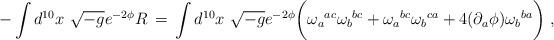
LaTeX: \begin{align*}- \int d^{10}x\ \sqrt {-g}e^{-2\phi}R \, =\, \int d^{10}x\ \sqrt {-g}e^{-2\phi}\biggl (\omega_a{}^{ac}\omega_b{}^{bc} + \omega_a{}^{bc}\omega_b{}^{ca}+ 4 (\partial_a\phi)\omega_b{}^{ba} \biggr ) \ ,\end{align*}